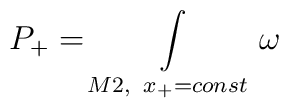
P_+=\int\limits_{M2,\;\; x_+=const}\omega